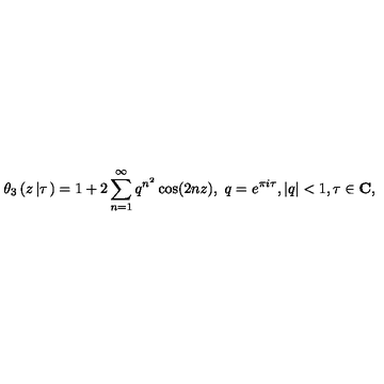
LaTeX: \theta _ { 3 } \left( z \left| \tau \right. \right) = 1 + 2 \sum _ { n = 1 } ^ { \infty } q ^ { n ^ { 2 } } \cos ( 2 n z ) , \ q = e ^ { \pi i \tau } , | q | < 1 , \tau \in \mathrm { \bf C } ,